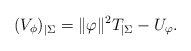
\begin{align*} (V_{\phi})_{|\Sigma} = \|\varphi\|^2 T_{|\Sigma} - U_{\varphi}. \end{align*}